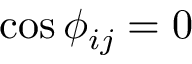
\cos \phi _ { i j } = 0